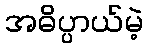
အဓိပ္ပာယ်မဲ့